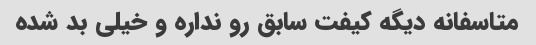
متاسفانه دیگه کیفت سابق رو نداره و خیلی بد شده